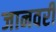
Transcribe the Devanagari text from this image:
जानवरी